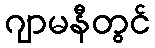
ဂျာမနီတွင်